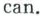
can.